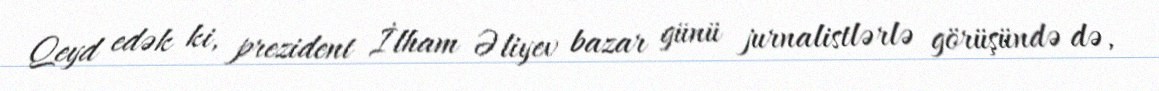
Qeyd edək ki, prezident İlham Əliyev bazar günü jurnalistlərlə görüşündə də,